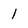
Character: 1